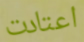
اعتادت